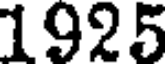
1925